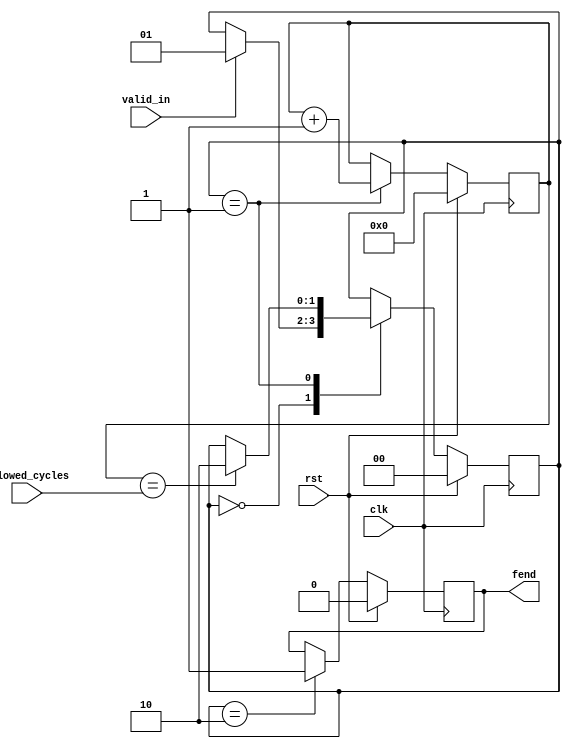
/* Generated by Yosys 0.8+     369 (git sha1 ea0e0722, clang 10.0.1 -fPIC -Os) */

(* \nmigen.hierarchy  = "top" *)
(* top =  1  *)
(* generator = "nMigen" *)
module top(allowed_cycles, rst, clk, fend, valid_in);
  wire \$1 ;
  wire [25:0] \$3 ;
  wire [25:0] \$4 ;
  (* src = "force_end.py:51" *)
  reg [24:0] \$next\counter ;
  (* src = "force_end.py:41" *)
  reg \$next\fend ;
  (* src = "nmigen/hdl/dsl.py:244" *)
  reg [1:0] \$next\fsm_state ;
  (* src = "force_end.py:39" *)
  input [23:0] allowed_cycles;
  (* src = "nmigen/hdl/ir.py:329" *)
  input clk;
  (* init = 25'h0000000 *)
  (* src = "force_end.py:51" *)
  reg [24:0] counter = 25'h0000000;
  (* init = 1'h0 *)
  (* src = "force_end.py:41" *)
  output fend;
  reg fend = 1'h0;
  (* init = 2'h0 *)
  (* src = "nmigen/hdl/dsl.py:244" *)
  reg [1:0] fsm_state = 2'h0;
  (* src = "nmigen/hdl/ir.py:329" *)
  input rst;
  (* src = "force_end.py:38" *)
  input valid_in;
  assign \$1  = counter == (* src = "force_end.py:61" *) allowed_cycles;
  assign \$4  = counter + (* src = "force_end.py:60" *) 1'h1;
  always @(posedge clk)
      fend <= \$next\fend ;
  always @(posedge clk)
      counter <= \$next\counter ;
  always @(posedge clk)
      fsm_state <= \$next\fsm_state ;
  always @* begin
    \$next\fsm_state  = fsm_state;
    casez (fsm_state)
      2'h0:
          casez (valid_in)
            1'h1:
                \$next\fsm_state  = 2'h1;
          endcase
      2'h1:
          casez (\$1 )
            1'h1:
                \$next\fsm_state  = 2'h2;
          endcase
    endcase
    casez (rst)
      1'h1:
          \$next\fsm_state  = 2'h0;
    endcase
  end
  always @* begin
    \$next\counter  = counter;
    casez (fsm_state)
      2'h1:
          \$next\counter  = \$3 [24:0];
    endcase
    casez (rst)
      1'h1:
          \$next\counter  = 25'h0000000;
    endcase
  end
  always @* begin
    \$next\fend  = fend;
    casez (fsm_state)
      2'h2:
          \$next\fend  = 1'h1;
    endcase
    casez (rst)
      1'h1:
          \$next\fend  = 1'h0;
    endcase
  end
  assign \$3  = \$4 ;
endmodule